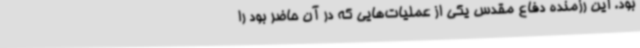
بود. این رزمنده دفاع مقدس یکی از عملیات‌هایی که در آن حاضر بود را